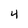
Character: 4